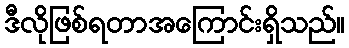
ဒီလိုဖြစ်ရတာအကြောင်းရှိသည်။